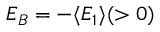
E _ { B } = - \langle E _ { 1 } \rangle ( > 0 )